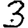
Digit: 3